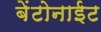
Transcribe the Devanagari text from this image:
बेंटोनाईट